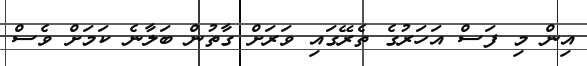
އިން މި ފަސް އަހަރުގެ ތެރޭގައި ވަރަށް ގާތުން ބަލާނެ ކަމަށް ވެސް